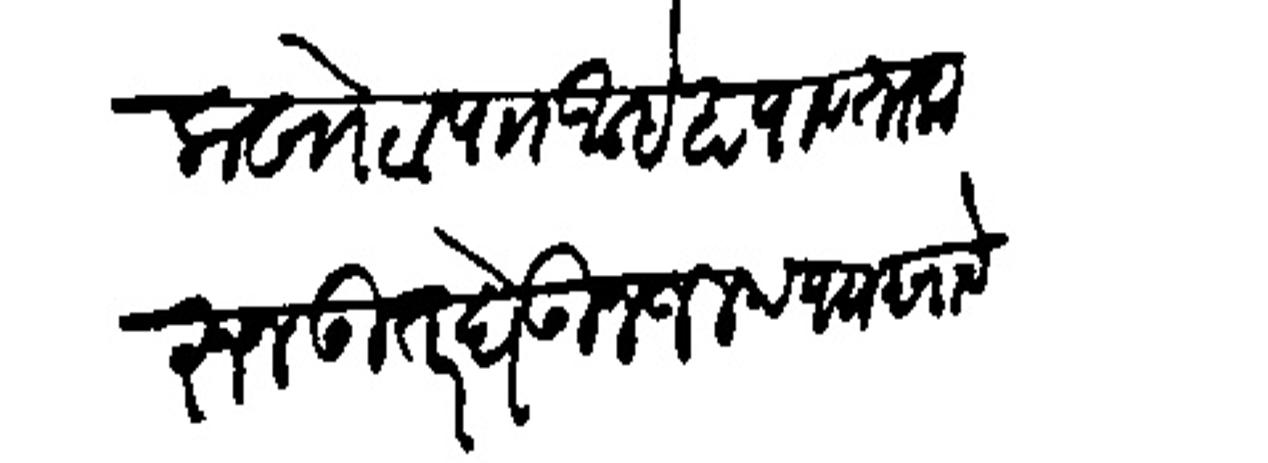
Transliteration (Devanagari): लाखोटा पाा आहे हा पावता करून उत्तर घेऊन जलद पाा द्यावे